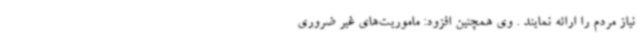
نیاز مردم را ارائه نمایند . وی همچنین افزود: ماموریت‌های غیر ضروری